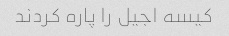
کیسه اجیل را پاره کردند